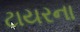
ટાયરના